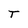
Character: T